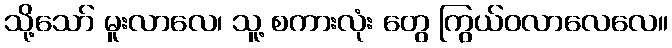
သို့သော် မူးလာလေ၊ သူ့ စကားလုံး တွေ ကြွယ်ဝလာလေလေ။